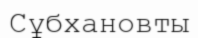
Сұбхановты